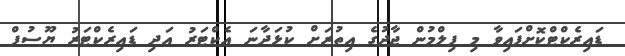
ޑައިރެކްޓްކޮށްފައިވާ މި ފިލްމުން ޖާދުގެ އިތުރަށް ކުޅަދާނަ އެކްޓަރު އަދި ޑައިރެކްޓަރު ޔޫސުފް